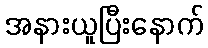
အနားယူပြီးနောက်